Scottish Certificate of Education, 1962
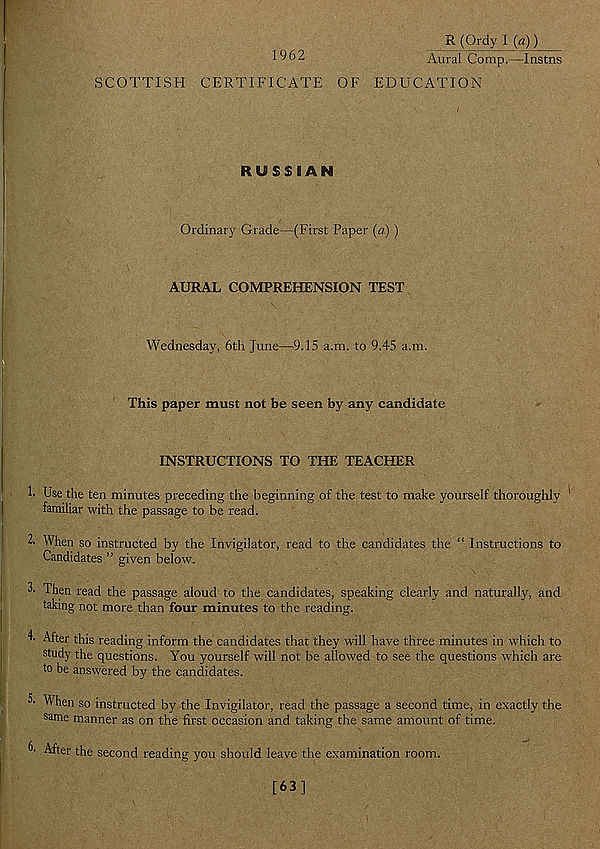
R (Ordy I (a))
1962
Aural Comp.—Instns
SCOTTISH CERTIFICATE OF EDUCATION
RUSSIAN
Ordinary Grade—(First Paper (a) )
AURAL COMPREHENSION TEST
Wednesday, 6th June—9.15 a.m. to 9.45 a.m.
This paper must not be seen by any candidate
INSTRUCTIONS TO THE TEACHER
h Use the ten minutes preceding the beginning of the test to make yourself thoroughly
familiar with the passage to be read.
2. When so instructed by the Invigilator, read to the candidates the “ Instructions to
Candidates ” given below.
Then read the passage aloud to the candidates, speaking clearly and naturally, and
taking not more than four minutes to the reading.
4- After this reading inform the candidates that they will have three minutes in which to
study the questions. You yourself will not be allowed to see the questions which are
to be answered by the candidates.
When so instructed by the Invigilator, read the passage a second time, in exactly the
same manner as on the first occasion and taking the same amount of time.
6- After the second reading you should leave the examination room.
[63]